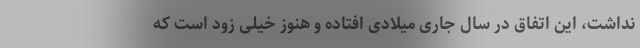
نداشت، این اتفاق در سال جاری میلادی افتاده و هنوز خیلی زود است که